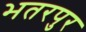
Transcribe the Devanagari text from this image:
भतरपुर